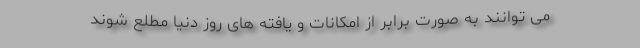
می توانند به صورت برابر از امکانات و یافته های روز دنیا مطلع شوند